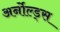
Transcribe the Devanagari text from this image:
अर्नोल्ड्स